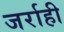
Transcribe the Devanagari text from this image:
जर्राही